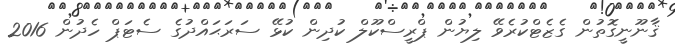
ޤާނޫނީގޮތުން ގެޒެޓްކުރެވޭ ލިޔުން ޕްރީސްކޫލް ކުދިން ކުޅޭ ސަރަޙައްދުގެ ސެޓަޕް ހެދުން 2016